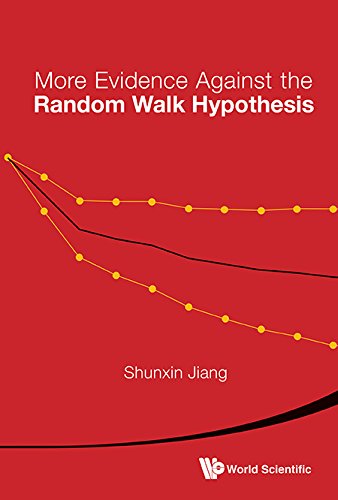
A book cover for More Evidence Against the Random Walk Hypothesis; Shunxin Jiang; Business & Money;